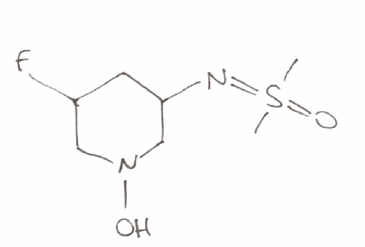
Simplified molecular-input line-entry system (SMILES) notation of the given molecule:
CS(=NC1=CC(=CN(C1)O)F)(=O)C